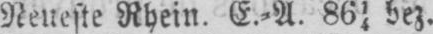
Neueste Rhein. E.⸗A. 8614 bez.